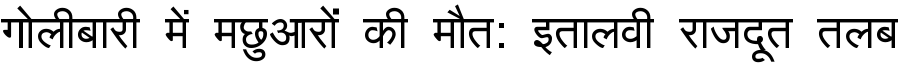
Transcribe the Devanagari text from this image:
गोलीबारी में मछुआरों की मौत: इतालवी राजदूत तलब